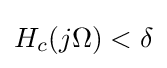
H_{c}(j\Omega )<\delta